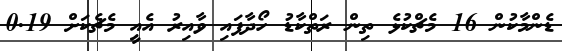
ޑެންމާކުން 16 މެޗްކުޅެ ތިން ރަތްކާޑު ހޯދާފައި ވާއިރު އެއީ މެޗެކަށް 0.19